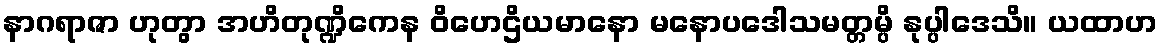
နာဂရာဇာ ဟုတွာ အဟိတုဏ္ဍိကေန ဝိဟေဌိယမာနော မနောပဒေါသမတ္တမ္ပိ နုပ္ပါဒေသိ။ ယထာဟ